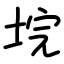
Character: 垸